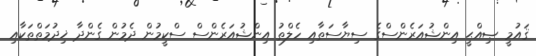
ޤައުމީ ޞިއްޙީ އިންޝުއަރެންސްގެ ސިޔާސަތާއި ހެލްތު އިންޝުއަރެންސް ސްކީމުން ދެމުން ގެންދާ ޚިދުމަތްތަކާއި